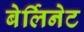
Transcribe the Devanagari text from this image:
बेर्लिनेट